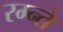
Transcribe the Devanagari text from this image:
रम्न्ते